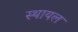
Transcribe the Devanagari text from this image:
स्थायल